Report of the Imperial Institute of Veterinary Research, Muktesar
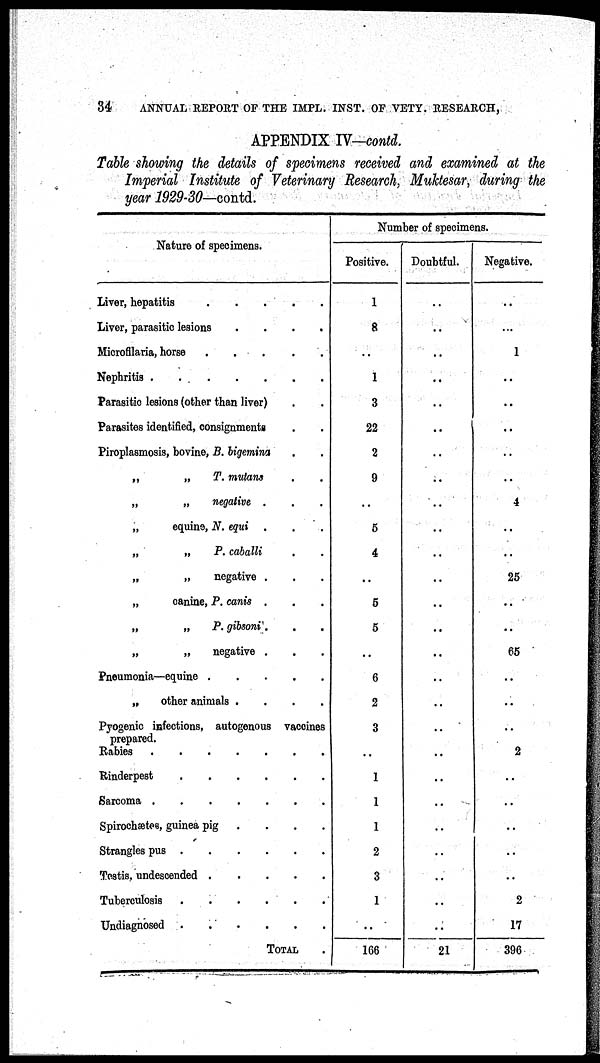
34
ANNUAL REPORT OF THE IMPL. INST. OF VETY. RESEARCH,
APPENDIX IV-contd.
Table showing the details of specimens received and examined at the
Imperial Institute of Veterinary Research, Muktesar, during the
year 1929-30—contd.
Nature of specimens.
Liver, hepatitis
Liver, parasitic lesions
....
Microfilaria, horse
Nephritis
Parasitic lesions (other than liver)
Parasites identified, consignments
Piroplasmosis, bovine, B. bigemina
„
„
T. mutans
„
„
negative .
„
equine, N. equi .
„
„
P. caballi
„
„
negative .
„
canine, P. canis .
„
„
P. gibsoni.
„
„
negative .
Pneumonia—equine
„
other animals
....
Pyogenic infections, autogenous vaccines
prepared.
Rabies
Rinderpest
Sarcoma
Spirochætes, guinea pig
Strangles pus
Testis, undescended
Tuberculosis
Undiagnosed
TOTAL
Number of specimens.
Positive.
1
8
..
1
3
22
2
9
..
5
4
..
5
5
..
6
2
3
..
..
1
1
1
2
3
1
..
166
Doubtful.
..
..
..
..
..
..
..
..
..
..
..
..
..
..
..
..
..
..
..
..
..
..
..
..
..
..
..
21
Negative.
..
..
1
..
..
..
..
..
4
..
..
25
65
..
..
..
..
2
..
..
..
..
..
2
17
396